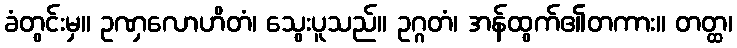
ခံတွင်းမှ။ ဥဏှလောဟိတံ၊ သွေးပူသည်။ ဥဂ္ဂတံ၊ အန်ထွက်၏တကား။ တတ္ထ၊